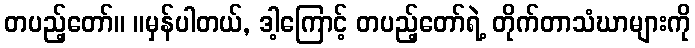
တပည့်တော်။ ။မှန်ပါတယ်, ဒါ့ကြောင့် တပည့်တော်ရဲ့ တိုက်တာသံဃာများကို